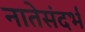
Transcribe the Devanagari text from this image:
नातेसंदर्भ